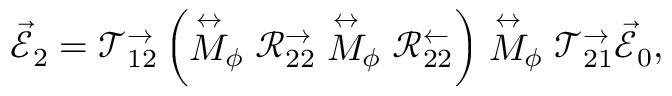
\vec { \mathcal { E } } _ { 2 } = \mathcal { T } _ { 1 2 } ^ { \rightarrow } \left( \stackrel { \leftrightarrow } { M } _ { \phi } \mathcal { R } _ { 2 2 } ^ { \rightarrow } \stackrel { \leftrightarrow } { M } _ { \phi } \mathcal { R } _ { 2 2 } ^ { \leftarrow } \right) \stackrel { \leftrightarrow } { M } _ { \phi } \mathcal { T } _ { 2 1 } ^ { \rightarrow } \vec { \mathcal { E } } _ { 0 } ,